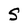
Character: S